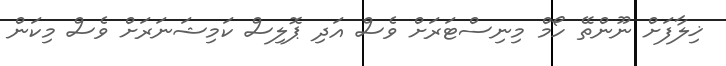
ޚިލާފަށް ނޫންތޭ ހޯމް މިނިސްޓަރަށް ވެސް އަދި ޕޮލިސް ކަމިޝަނަރަށް ވެސް މިކަން